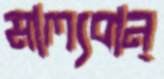
মাল্যবান্‌